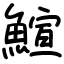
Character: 鰚